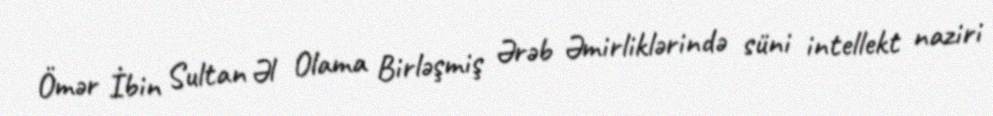
Ömər İbin Sultan Əl Olama Birləşmiş Ərəb Əmirliklərində süni intellekt naziri